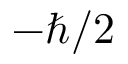
- \hbar / 2